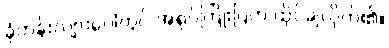
ခုံတန်းလျားပေါ်တွင် အရုပ်ကြိုးပြတ် ထိုင်ချလိုက်၏။